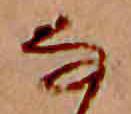
な